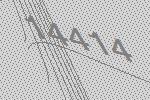
14414